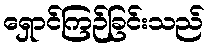
ရှောင်ကြဉ်ခြင်းသည်